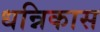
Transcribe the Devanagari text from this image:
धन्निकास